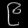
Digit: ၉